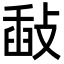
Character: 敮